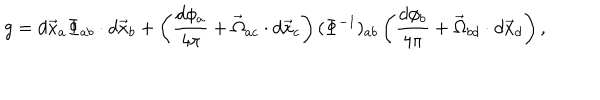
LaTeX: g = d \vec { x } _ { a } \Phi _ { a b } \cdot d \vec { x } _ { b } + \left( \frac { d \phi _ { a } } { 4 \pi } + \vec { \Omega } _ { a c } \cdot d \vec { x } _ { c } \right) ( \Phi ^ { - 1 } ) _ { a b } \left( \frac { d \phi _ { b } } { 4 \pi } + \vec { \Omega } _ { b d } \cdot d \vec { x } _ { d } \right) ,